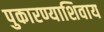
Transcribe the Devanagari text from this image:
पुकारण्याशिवाय